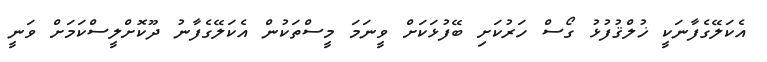
އެކަލޭގެފާނަކީ ޚުލްޤުފުޅު ގޯސް ހަރުކަށި ބޭފުޅަކަށް ވީނަމަ މީސްތަކުން އެކަލޭގެފާނު ދޫކޮށްލީސްކަމަށް ވަނީ